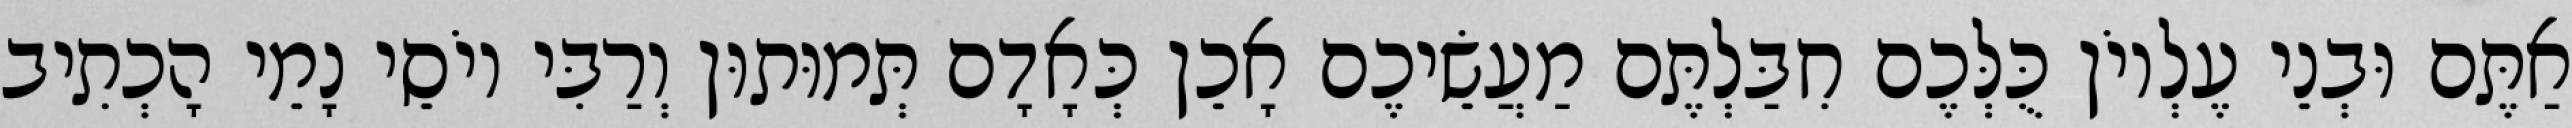
אַתֶּם וּבְנֵי עֶלְיוֹן כֻּלְּכֶם חִבַּלְתֶּם מַעֲשֵׂיכֶם אָכֵן כְּאָדָם תְּמוּתוּן וְרַבִּי יוֹסֵי נָמֵי הָכְתִיב